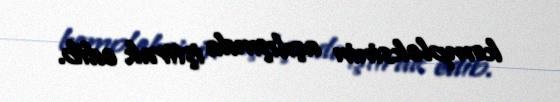
kompleksinin açılışında iştirak edib.